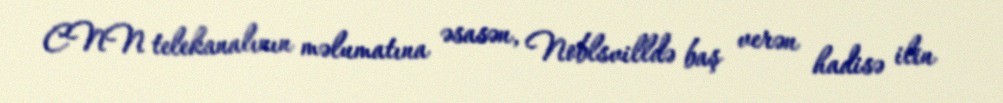
CNN telekanalının məlumatına əsasən, Noblsvilldə baş verən hadisə ilin